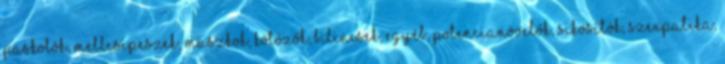
paskolók, mellcsipeszek, maszkok, kötözők, bilincsek, egyéb, potencianövelők, sikosítók, szexpatika,